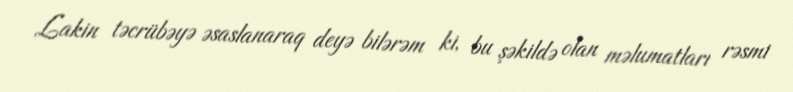
Lakin təcrübəyə əsaslanaraq deyə bilərəm ki, bu şəkildə olan məlumatları rəsmi